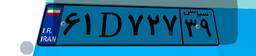
۴۴D۱۳۶۵۳